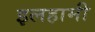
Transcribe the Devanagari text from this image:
इलहामी